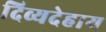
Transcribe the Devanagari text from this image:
दिव्यदेहाय